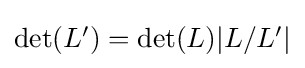
{\textstyle {\text{det}}(L')={\text{det}}(L)|L/L'|}